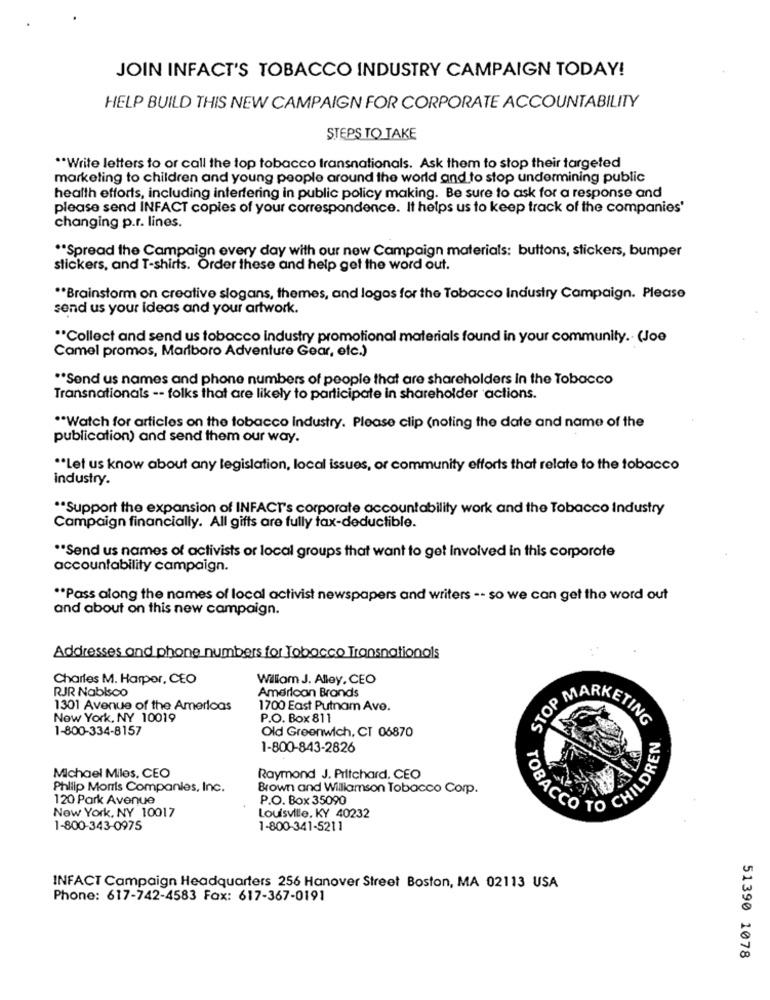
JOIN INFACT'S TOBACCO INDUSTRY CAMPAIGN TODAY!
HELP BUILD THIS NEW CAMPAIGN FOR CORPORATE ACCOUNTABILITY
STEPS TO TAKE
"Write letters to or call the top tobacco transnationals. Ask them to stop their targeted
marketing to children and young people around the world and to stop undermining public
health efforts, including interfering in public policy making. Be sure to ask for a response and
please send INFACT copies of your correspondence. It helps us to keep track of the companies'
changing p.r. lines.
** Spread the Campaign every day with our new Campaign materials: buttons, stickers, bumper
stickers, and T-shirts. Order these and help get the word out.
** Brainstorm on creative slogans, themes, and logos for the Tobacco Industry Campaign. Please
send us your ideas and your artwork.
** Collect and send us tobacco industry promotional materials found in your community. (Joe
Camel promos, Marlboro Adventure Gear, etc.)
"Send us names and phone numbers of people that are shareholders In the Tobacco
Transnationals -- folks that are likely to participate in shareholder actions.
"Watch for articles on the tobacco Industry. Please clip (noting the date and name of the
publication) and send them our way.
** Let us know about any legislation, local issues, or community efforts that relate to the tobacco
industry.
** Support the expansion of INFACT's corporate accountability work and the Tobacco Industry
Campaign financially. All gifts are fully tax-deductible.
"Send us names of activists or local groups that want to get involved in this corporate
accountability campaign.
** Pass along the names of local activist newspapers and writers -- so we can get the word out
and about on this new campaign.
Addresses and phone numbers for Tobacco Transnationals
Charles M. Harper, CEO
William J. Alley, CEO
RJR Nabisco
American Brands
1301 Avenue of the Americas
1700 East Putnam Ave.
Now York, NY 10019
P.O. Box 811
STOP MARKETING
1-800-334-8157
Old Greenwich, CT 06870
1-800-843-2826
CHILDREN
Michael Miles, CEO
Raymond J. Pritchard, CEO
Philip Morris Companies, Inc.
Brown and Williamson Tobacco Corp.
120 Park Avenue
P.O. Box 35090
TOBACCO
New York, NY 10017
Louisville, KY 40232
1-800-343-0975
1-800-341-5211
INFACT Campaign Headquarters 256 Hanover Street Boston, MA 02113 USA
Phone: 617-742-4583 Fax: 617-367-0191
51390 1078